Vaccination report Assam 1874-1896 - 1874-1896
Year: 1874
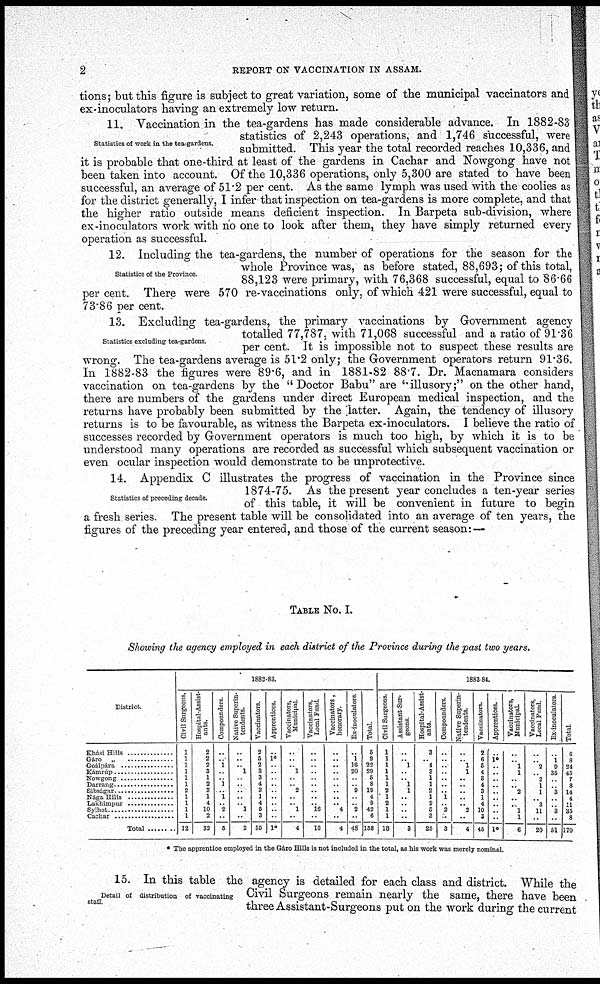
2
REPORT ON VACCINATION IN ASSAM.
tions; but this figure is subject to great variation, some of the municipal vaccinators and
ex-inoculators having an extremely low return.
Statistics of work in the tea-gardens.
11. Vaccination in the tea-gardens has made considerable advance. In 1882-83
statistics of 2,243 operations, and 1,746 successful, were
submitted. This year the total recorded reaches 10,336, and
it is probable that one-third at least of the gardens in Cachar and Nowgong have not
been taken into account. Of the 10,336 operations, only 5,300 are stated to have been
successful, an average of 51.2 per cent. As the same lymph was used with the coolies as
for the district generally, I infer that inspection on tea-gardens is more complete, and that
the higher ratio outside means deficient inspection. In Barpeta sub-division, where
ex-inoculators work with no one to look after them, they have simply returned every
operation as successful.
Statistics of the Province.
12. Including the tea-gardens, the number of operations for the season for the
whole Province was, as before stated, 88,693; of this total,
88,123 were primary, with 76,368 successful, equal to 86.66
per cent. There were 570 re-vaccinations only, of which 421 were successful, equal to
73.86 per cent.
Statistics excluding tea-gardens.
13. Excluding tea-gardens, the primary vaccinations by Government agency
totalled 77,787, with 71,068 successful and a ratio of 91.36
per cent. It is impossible not to suspect these results are
wrong. The tea-gardens average is 51.2 only; the Government operators return 91.36.
In 1882-83 the figures were 89.6, and in 1881-82 88.7. Dr. Macnamara considers
vaccination on tea-gardens by the "Doctor Babu" are "illusory;" on the other hand,
there are numbers of the gardens under direct European medical inspection, and the
returns have probably been submitted by the latter. Again, the tendency of illusory
returns is to be favourable, as witness the Barpeta ex-inoculators. I believe the ratio of
successes recorded by Government operators is much too high, by which it is to be
understood many operations are recorded as successful which subsequent vaccination or
even ocular inspection would demonstrate to be unprotective.
Statistics of preceding decade.
14. Appendix C illustrates the progress of vaccination in the Province since
1874-75. As the present year concludes a ten-year series
of this table, it will be convenient in future to begin
a fresh series. The present table will be consolidated into an average of ten years, the
figures of the preceding year entered, and those of the current season: —
TABLE NO. I.
Showing the agency employed in each district of the Province during the past two years.
District
Khási Hills
Gáro „ ............
Goálpára ...............
Kámrúp ...............
Nowgong ..............
Darrang .............
Sibságar ................
Nága Hills ................
Lakhimpur
Sylhet
Cachar ..................
Total ...........
1882-83.
Civil Sturgeons.
1
1
1
1
1
1
2
1
1
1
1
12
Hospital-Assist-
ants.
2
2
2
3
1
2
3
1
4
10
2
32
Compounders
..
..
1
..
..
1
.
1
.. 2
..
5
Native Superin-
tendents.
..
..
.. 1
..
..
..
..
.. 1
..
2
Vaccinators.
2
5
2
3
3
4
3
1
4
5
3
35
Apprentices.
..
10
..
..
..
..
..
..
..
..
..
10
Vaccinators,
Municipal
..
.. .. 1
..
.. 2
..
.. 1
..
4
Vaccinators,
Local Fond.
..
..
..
..
..
..
..
..
.. 16
..
16
Vaccinators,
honorary.
..
..
..
..
..
..
..
..
.. 4
..
4
Ex-inoculators.
..
1
16
20
..
.. 9
..
.. 2
..
48
Total.
5
9
22
29
6
8
19
4
9
42
6
158
1883 84.
Civil Surgeons.
1
1
1
1
1
1
2
1
2
1
1
13
Assistant Sur-
geons.
..
.. 1
..
.. 1
1
..
..
..
..
3
Hospital-Assist¬
ants.
3
.. 4
3
1
1
2
1
2
5
3
25
Compounders.
..
..
..
..
..
..
.. 1
.. 2
..
3
Native Superin-
tendents.
..
.. 1
1
..
..
..
..
.. 2
..
4
Vaccinators.
2
6
5
4
3
4
3
1
4
10
3
45
Apprentices.
..
10
..
..
..
..
..
..
..
..
..
10
Vaccinators,
Municipal.
..
.. 1
1
..
.. 2
..
.. 1
1
6
Vaccinators,
Local Fund
..
.. 2
.. 2
1
1
.. 3
11
..
20
Ex-inoculators.
..
1
9
35
..
.. 3
..
.. 3
..
51
Total.
6
8
24
45
7
8
14
4
11
35
8
170
* The apprentice employed in the Gáro Hills is not included in the total, as his work was merely nominal.
Detail of distribution of vaccinating
staff
15. In this table the agency is detailed for each class and district. While the
Civil Surgeons remain nearly the same, there have been
three Assistant-Surgeons put on the work during the current